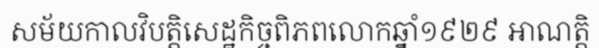
សម័យកាលវិបត្តិសេដ្ឋកិច្ចពិភពលោកឆ្នាំ១៩២៩ អាណត្តិ